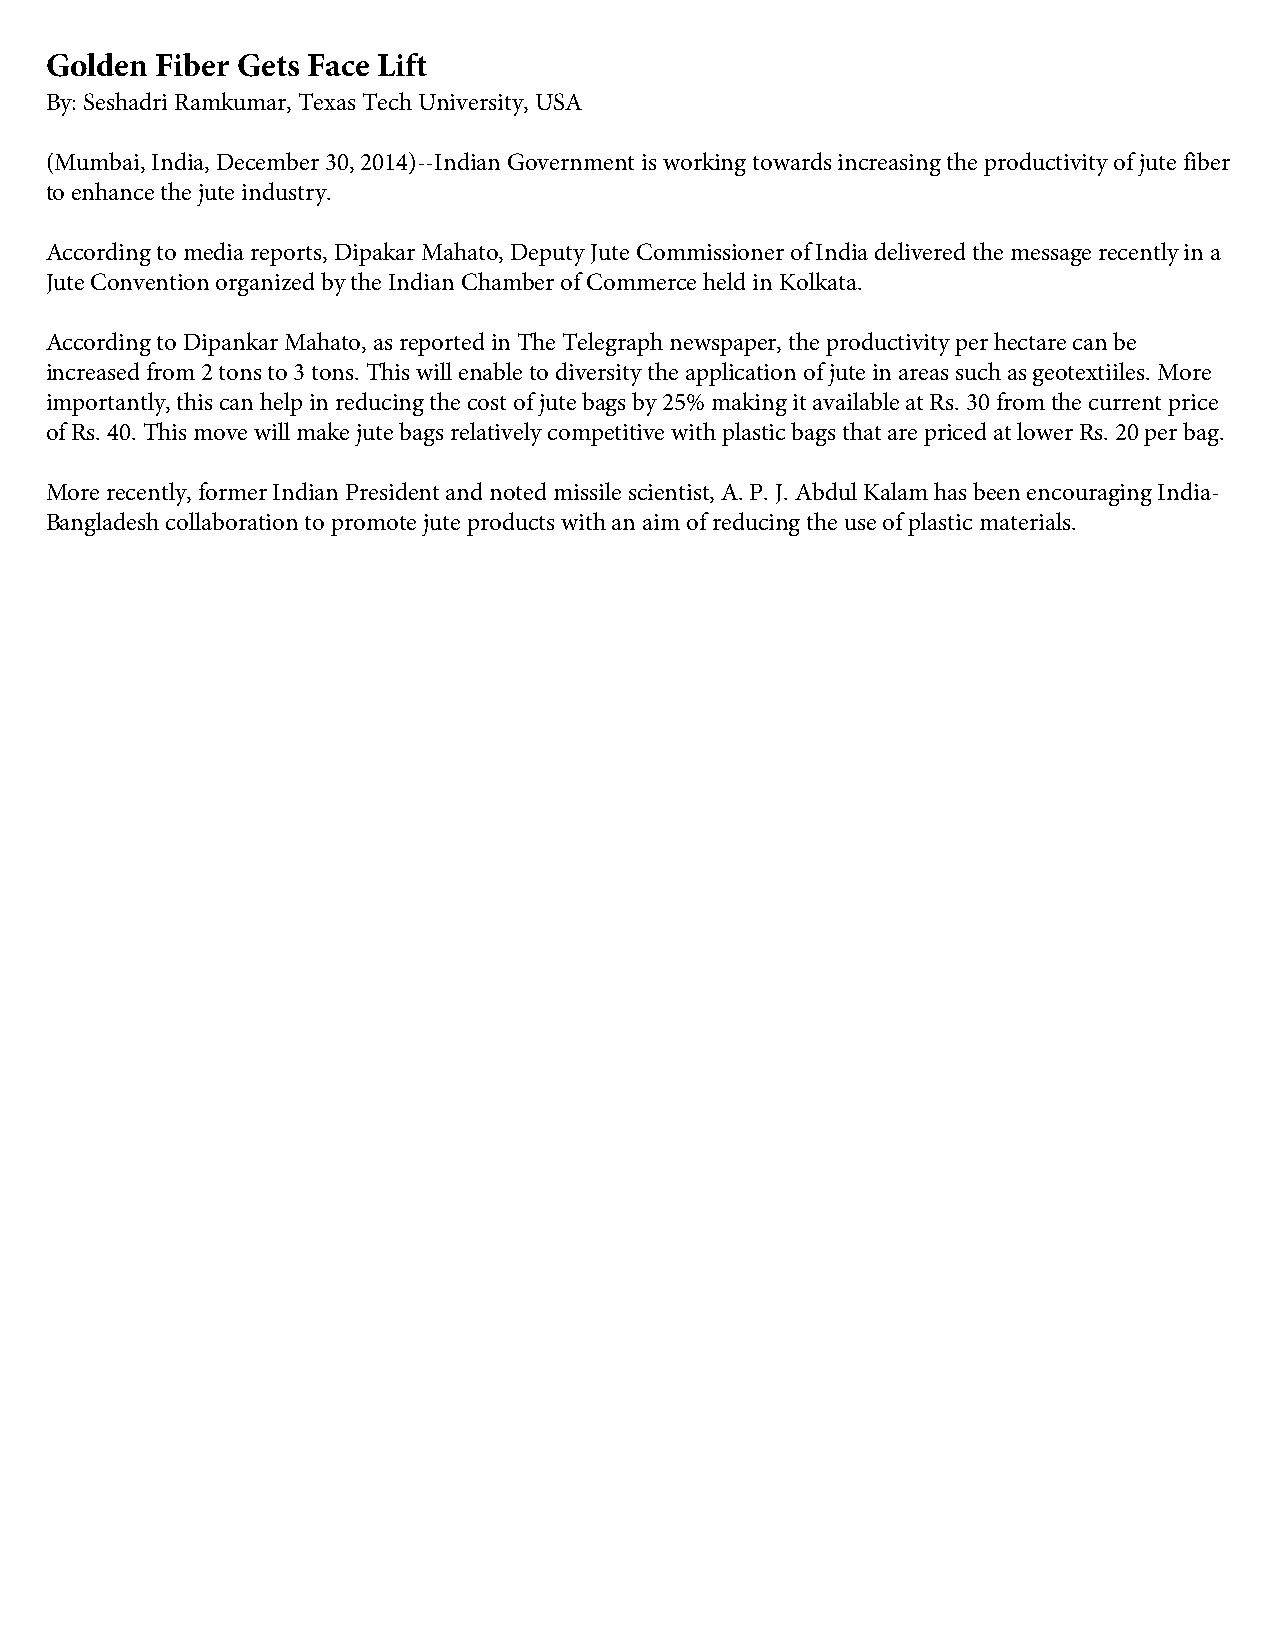
Golden Fiber Gets Face Lift
 By: Seshadri Ramkumar, Texas Tech University, USA
 (Mumbai, India, December 30, 2014)--Indian Government is working towards increasing the productivity of jute fiber
 to enhance the jute industry.
 According to media reports, Dipakar Mahato, Deputy Jute Commissioner of India delivered the message recently in a
 Jute Convention organized by the Indian Chamber of Commerce held in Kolkata.
 According to Dipankar Mahato, as reported in The Telegraph newspaper, the productivity per hectare can be
 increased from 2 tons to 3 tons. This will enable to diversity the application of jute in areas such as geotextiiles. More
 importantly, this can help in reducing the cost of jute bags by 25% making it available at Rs. 30 from the current price
 of Rs. 40. This move will make jute bags relatively competitive with plastic bags that are priced at lower Rs. 20 per bag.
 More recently, former Indian President and noted missile scientist, A. P. J. Abdul Kalam has been encouraging India-
 Bangladesh collaboration to promote jute products with an aim of reducing the use of plastic materials.